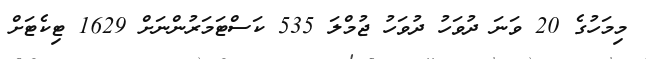
މިމަހުގެ 20 ވަނަ ދުވަހު ދުވަހު ޖުމްލަ 535 ކަސްޓަމަރުންނަށް 1629 ޓިކެޓަށް